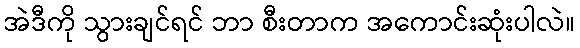
အဲဒီကို သွားချင်ရင် ဘာ စီးတာက အကောင်းဆုံးပါလဲ။